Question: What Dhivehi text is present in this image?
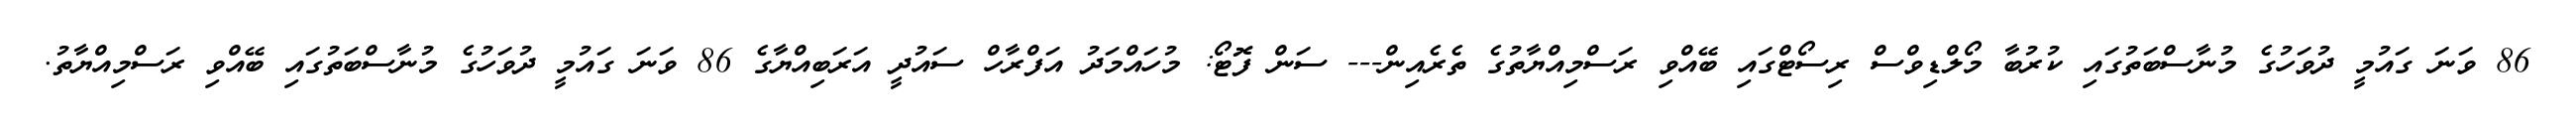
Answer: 86 ވަނަ ގައުމީ ދުވަހުގެ މުނާސްބަތުގައި ކުރުބާ މޯލްޑިވްސް ރިސޯޓްގައި ބޭއްވި ރަސްމިއްޔާތުގެ ތެރެއިން--- ސަން ފޮޓޯ: މުހައްމަދު އަފްރާހް ސައުދީ އަރަބިއްޔާގެ 86 ވަނަ ގައުމީ ދުވަހުގެ މުނާސްބަތުގައި ބޭއްވި ރަސްމިއްޔާތު.